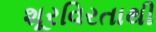
શૂરવિરતાથી